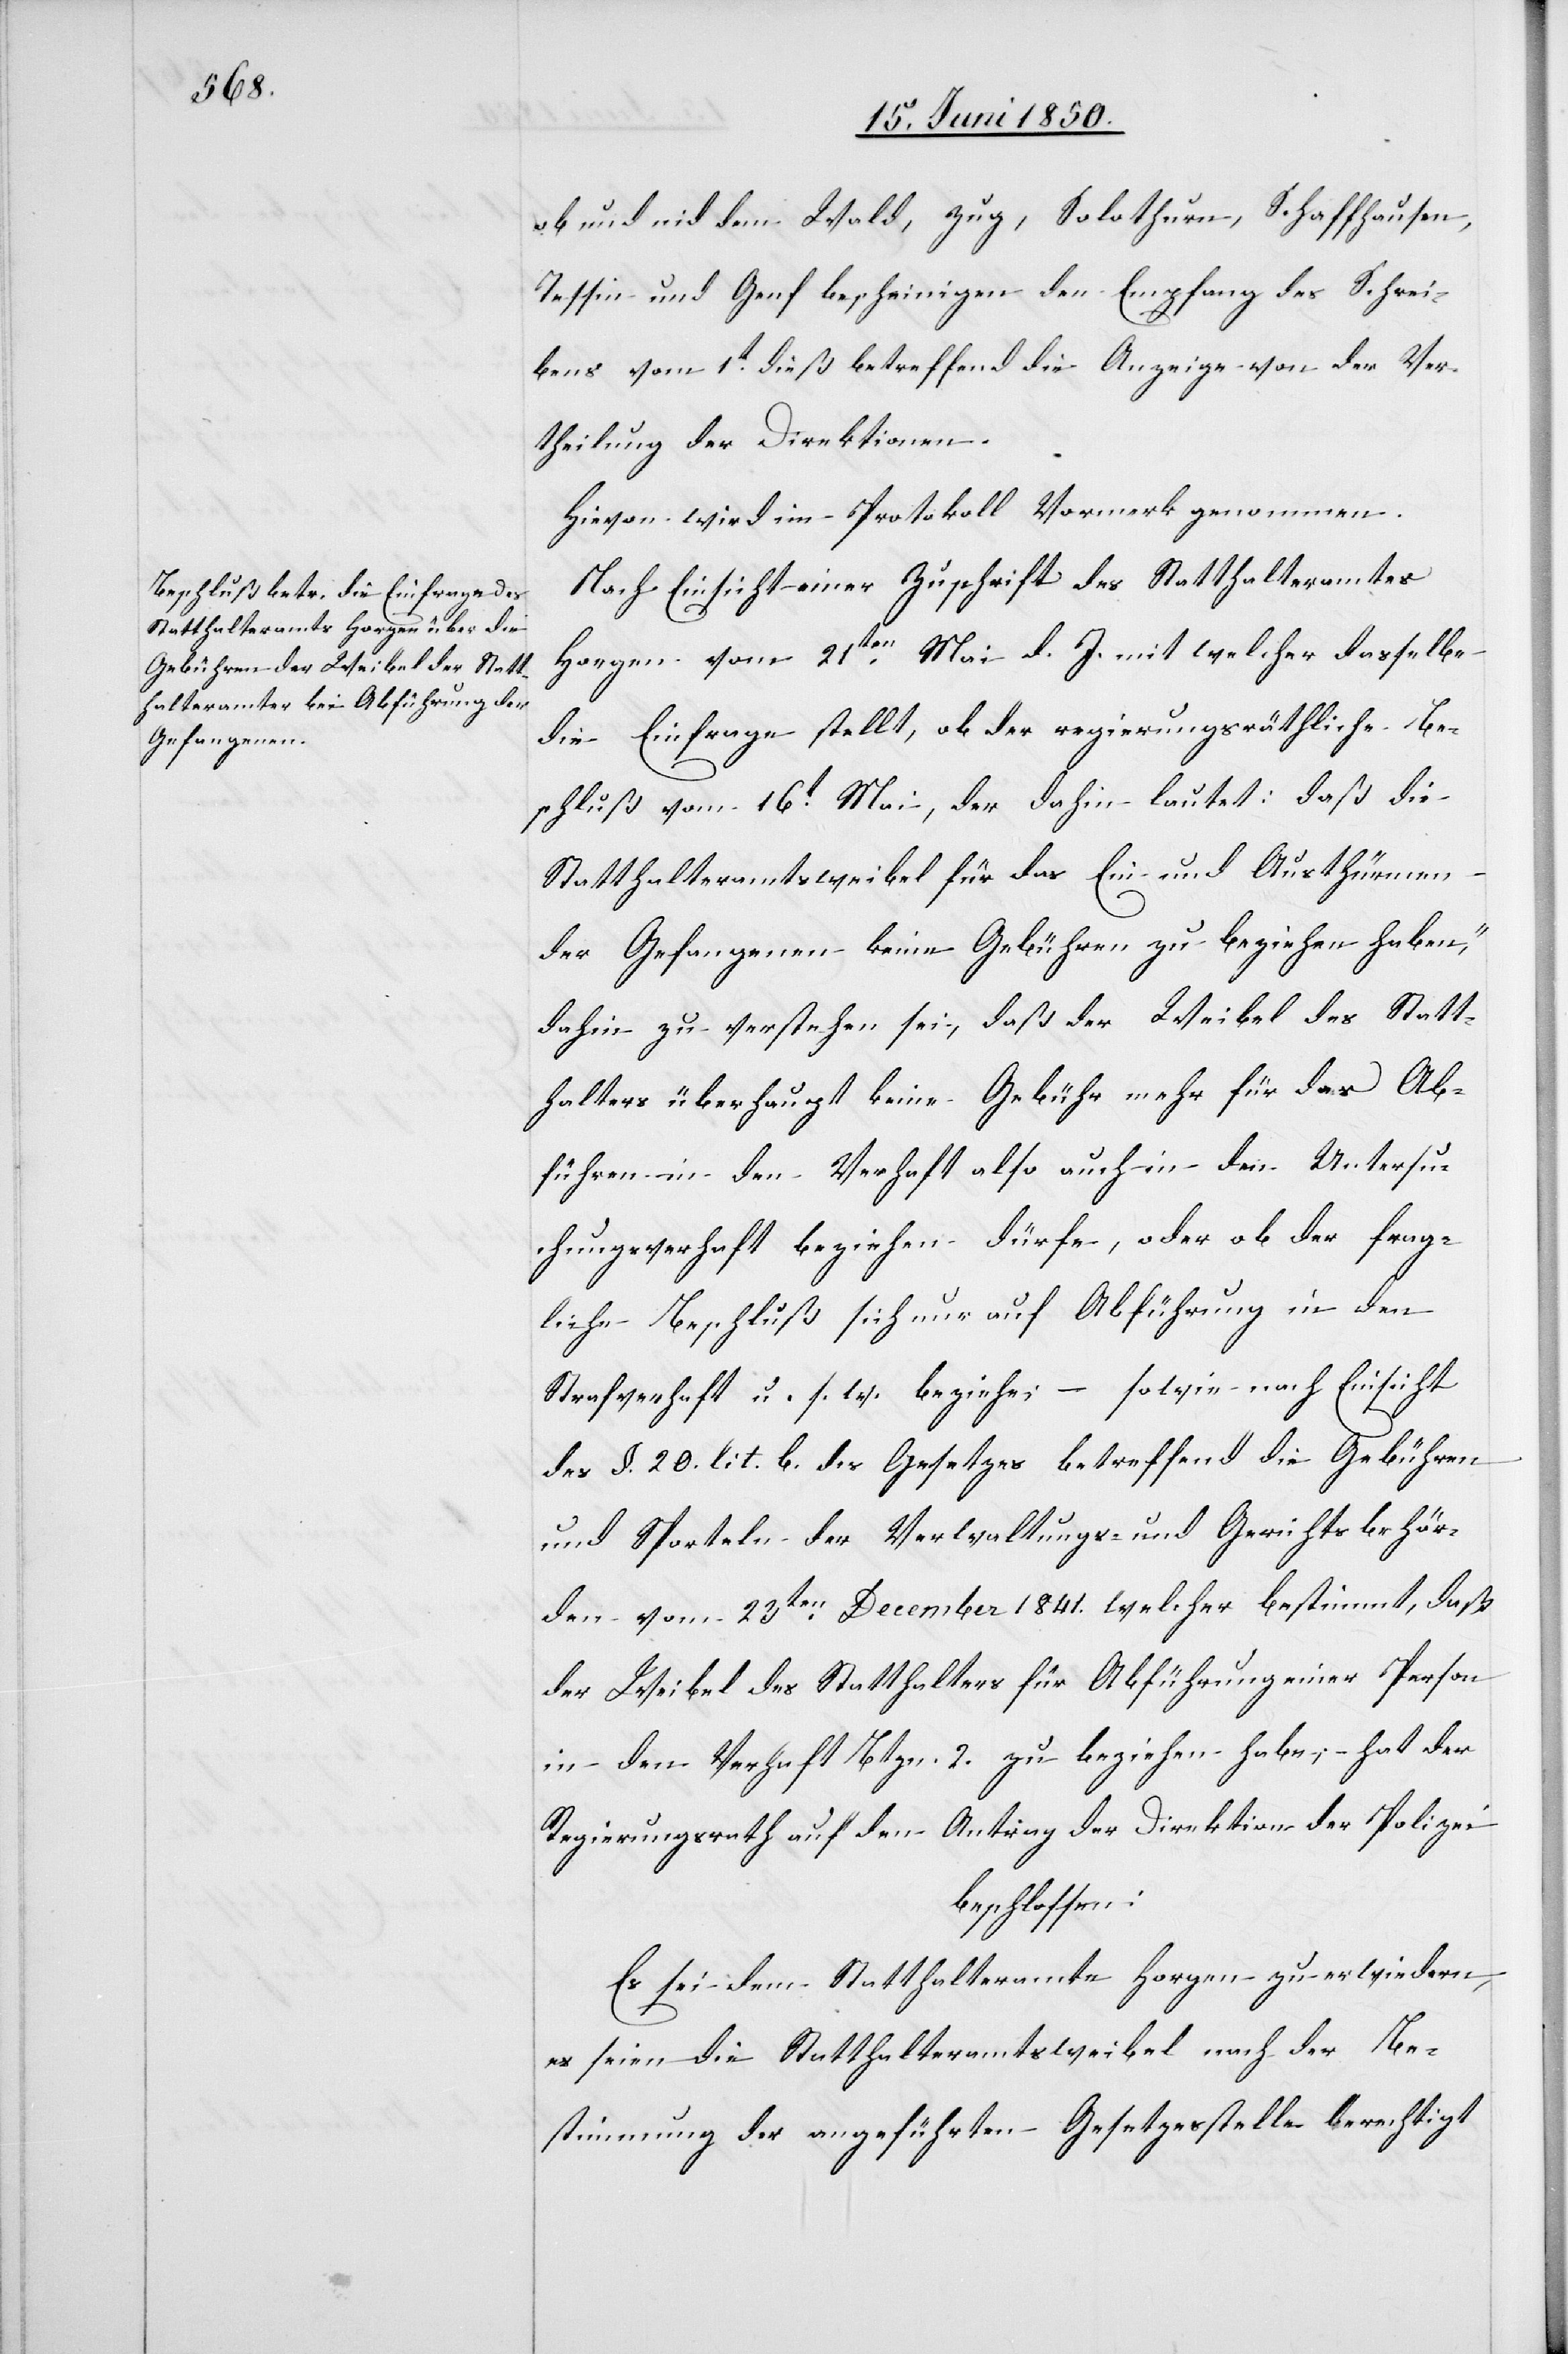
ob und nid dem Wald, Zug, Solothurn, Schaffhausen,
Tessin und Genf bescheinigen den Empfang des Schrei¬
bens vom 1t dieß betreffend die Anzeige von der Ver¬
theilung der Direktionen.
Hievon wird im Protokoll Vormerk genommen.
Nach Einsicht einer Zuschrift des Statthalteramtes
Horgen vom 21ten Mai d. J. mit welcher dasselbe
die Einfrage stellt, ob der regierungsräthliche Be¬
schluß vom 16t Mai, der dahin lautet: daß [„]die
Statthalteramtsweibel für das Ein- und Austhürmen
der Gefangenen keine Gebühren zu beziehen haben“,
dahin zu verstehen sei, daß der Weibel des Statt¬
halters überhaupt keine Gebühr mehr für das Ab¬
führen in den Verhaft also auch in den Untersu¬
chungsverhaft beziehen dürfe, oder ob der frag¬
liche Beschluß sich nur auf Abführung in den
Strafverhaft u. s. w. beziehe; – sowie nach Einsicht
des §. 20. lit. b. des Gesetzes betreffend die Gebühren
und Sporteln der Verwaltungs- und Gerichtsbehör¬
den vom 23ten December 1841. welcher bestimmt, daß
der Weibel des Statthalters für Abführung einer Person
in den Verhaft Btzn. 2. zu beziehen habe; hat der
Regierungsrath auf den Antrag der Direktion der Polizei
beschlossen:
Es sei dem Statthalteramte Horgen zu erwiedern,
es seien die Statthalteramtsweibel nach der Be¬
stimmung der angeführten Gesetzesstelle berechtigt